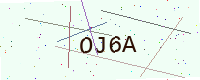
Text: OJ6A